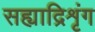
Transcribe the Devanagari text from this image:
सह्याद्रिशृंग